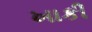
ખાકી